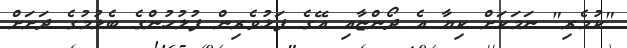
"ކުމެރި" ނަމަކަށް ކިޔާ އެ ދޯންޏާއި އޭގެ ފަޅުވެރިން ފުލުހުންގެ ބެލުމުގެ ދަށަށް